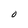
Character: O